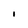
Character: I